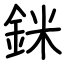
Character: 銤